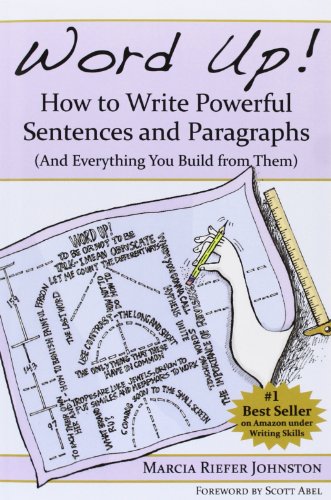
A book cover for Word Up! How to Write Powerful Sentences and Paragraphs (And Everything You Build from Them); Marcia Riefer Johnston; Reference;